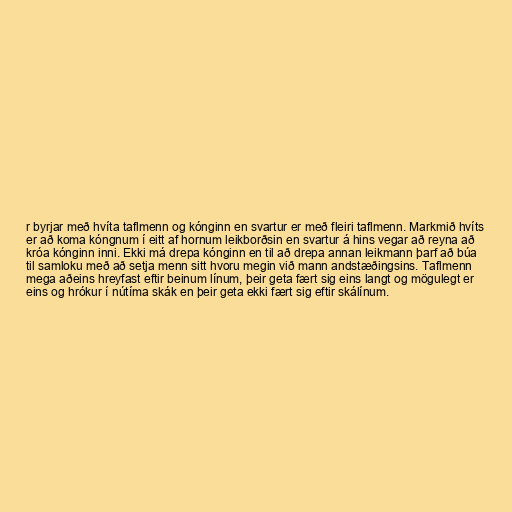
r byrjar með hvíta taflmenn og kónginn en svartur er með fleiri taflmenn. Markmið hvíts
er að koma kóngnum í eitt af hornum leikborðsin en svartur á hins vegar að reyna að
króa kónginn inni. Ekki má drepa kónginn en til að drepa annan leikmann þarf að búa
til samloku með að setja menn sitt hvoru megin við mann andstæðingsins. Taflmenn
mega aðeins hreyfast eftir beinum línum, þeir geta fært sig eins langt og mögulegt er
eins og hrókur í nútíma skák en þeir geta ekki fært sig eftir skálínum.